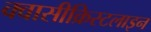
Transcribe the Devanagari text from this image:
क्वासीक्रिस्टलाइन